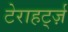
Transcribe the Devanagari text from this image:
टेराहर्ट्ज़